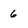
Character: 6